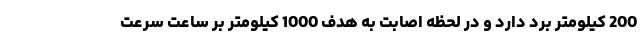
200 کیلومتر برد دارد و در لحظه اصابت به هدف 1000 کیلومتر بر ساعت سرعت